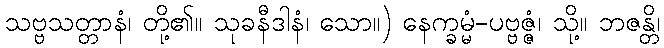
သဗ္ဗသတ္တာနံ၊ တို့၏။ သုခနီဒါနံ၊ သော။) နေက္ခမ္မံ-ပဗ္ဗဇ္ဇံ၊ သို့။ ဘဇန္တိ၊